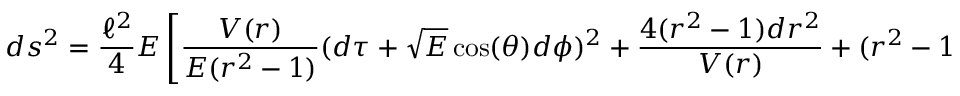
d s ^ { 2 } = \frac { \ell ^ { 2 } } { 4 } E \left[ \frac { V ( r ) } { E ( r ^ { 2 } - 1 ) } ( d \tau + \sqrt { E } \cos ( \theta ) d \phi ) ^ { 2 } + \frac { 4 ( r ^ { 2 } - 1 ) d r ^ { 2 } } { V ( r ) } + ( r ^ { 2 } - 1 ) d \Omega _ { b } ^ { 2 } \right] \quad .